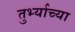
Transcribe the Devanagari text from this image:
तुर्भ्याच्या